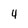
Character: 4